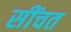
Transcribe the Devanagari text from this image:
सींचत